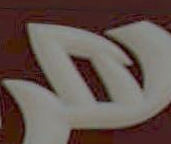
D